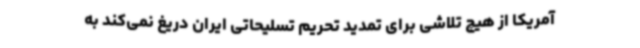
آمریکا از هیچ تلاشی برای تمدید تحریم تسلیحاتی ایران دریغ نمی‌کند به